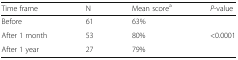
<table><thead><tr><td><b>Time frame</b></td><td><b>N</b></td><td><b>Mean score<sup>a</sup></b></td><td><b><i>P</i>-value</b></td></tr></thead><tbody><tr><td>Before</td><td>61</td><td>63%</td><td></td></tr><tr><td>After 1 month</td><td>53</td><td>80%</td><td>&lt;0.0001</td></tr><tr><td>After 1 year</td><td>27</td><td>79%</td><td></td></tr></tbody></table>